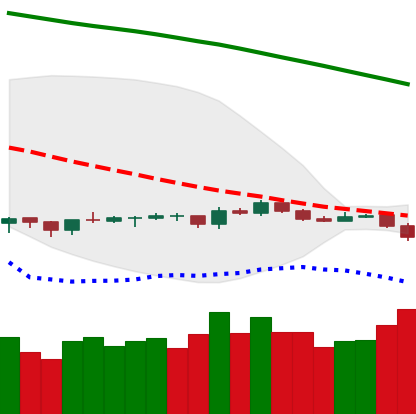
Ticker: LTC-USD
Chart end date: 2019-10-16
Forward return: 3.808%
Label: up_3_5